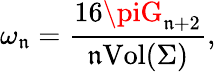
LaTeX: \omega_{\mathfrak{n}}=\frac{{16\piG_{\mathfrak{n}+2}}}{{\mathfrak{n}\mathrm{{Vol}}(\Sigma)}},